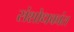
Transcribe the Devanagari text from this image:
संशोधकांत